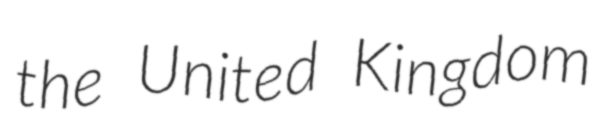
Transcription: the United Kingdom